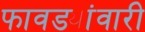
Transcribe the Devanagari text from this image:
फावड्यांवारी